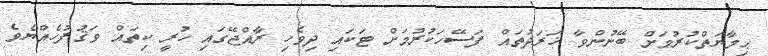
ޙިމާޔަތްކުރުމަށް ބޭނުންވާ ޚަރަދުތައް ފަސޭހަކުރުމަށް ޓަކައި ދިވެހި ރާއްޖޭގައި ހުރީ ކިތައް ވަޤުފުހެއްޔެވެ